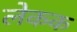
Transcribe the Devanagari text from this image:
लेकक